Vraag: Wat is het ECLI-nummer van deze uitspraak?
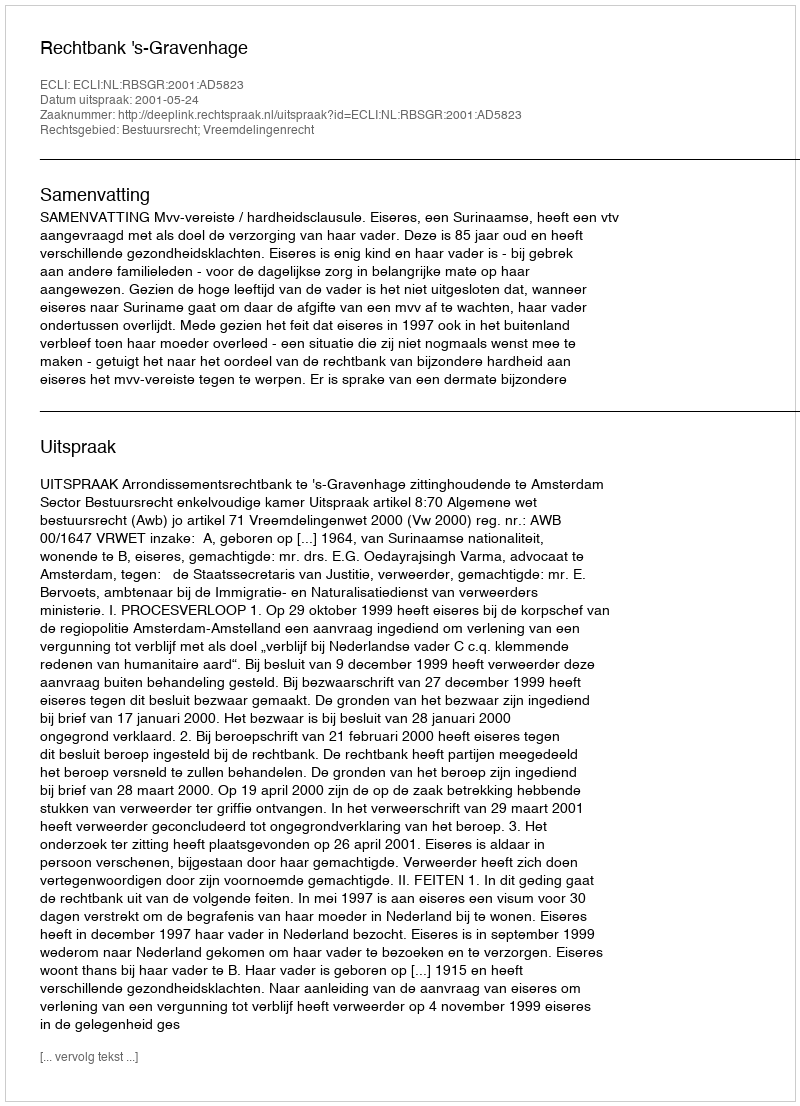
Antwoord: ECLI:NL:RBSGR:2001:AD5823